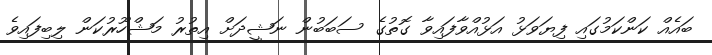
ބައެއް ކަންކަމުގައި ފިޔަވަޅު އަޅުއްވާފައިވާ ގޮތުގެ ސަބަބުން ނަޝީދަށް އިތުރު މަޝްހޫރުކަން ލިބިފައިވެ